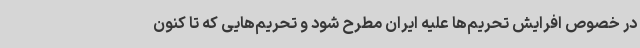
در خصوص افرایش تحریم‌ها علیه ایران مطرح شود و تحریم‌هایی که تا کنون